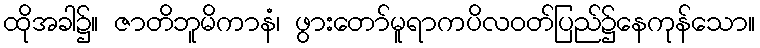
ထိုအခါ၌။ ဇာတိဘူမိကာနံ၊ ဖွားတော်မူရာကပိလဝတ်ပြည်၌နေကုန်သော။